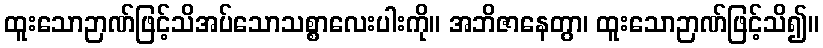
ထူးသောဉာဏ်ဖြင့်သိအပ်သောသစ္စာလေးပါးကို။ အဘိဇာနေတွာ၊ ထူးသောဉာဏ်ဖြင့်သိ၍။